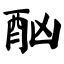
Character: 酗